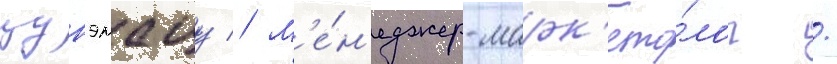
цунэмацу // М'е́н'еджер-марк'ето́лог /